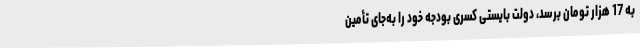
به 17 هزار تومان برسد، دولت بایستی کسری بودجه خود را به‌جای تأمین